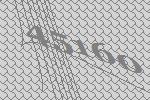
45160